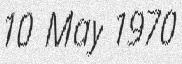
10 May 1970